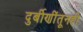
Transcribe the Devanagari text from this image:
दुर्बीणींतूनही